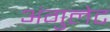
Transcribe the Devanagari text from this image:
अंगुलेट